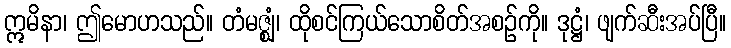
ဣမိနာ၊ ဤမောဟသည်။ တံမဇ္ဈံ၊ ထိုစင်ကြယ်သောစိတ်အစဉ်ကို။ ဒုဋ္ဌံ၊ ဖျက်ဆီးအပ်ပြီ။